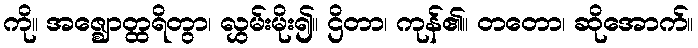
ကို။ အဇ္ဈောတ္ထရိတွာ၊ လွှမ်းမိုး၍။ ဌိတာ၊ ကုန်၏။ တတော၊ ဆိုအောက်။